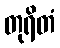
တုရိတံ